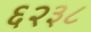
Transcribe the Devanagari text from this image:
६२३८